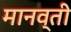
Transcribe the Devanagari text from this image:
मानव्ती